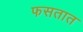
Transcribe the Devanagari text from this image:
फसतात